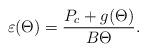
LaTeX: \begin{align*}\varepsilon(\Theta)=\frac{P_c+g(\Theta)}{B\Theta}.\end{align*}